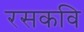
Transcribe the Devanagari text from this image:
रसकवि